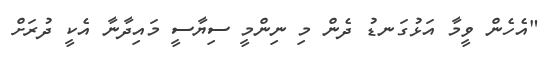
"އެހެން ވީމާ އަޅުގަނޑު ދެން މި ނިންމީ ސިޔާސީ މައިދާނާ އެކީ ދުރަށް